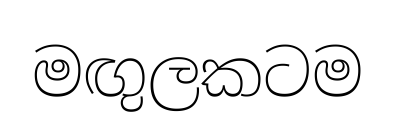
මඟුලකටම